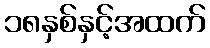
၁၈နှစ်နှင့်အထက်